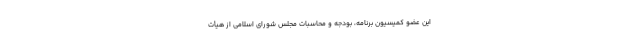
این عضو کمیسیون برنامه، بودجه و محاسبات مجلس شورای اسلامی از هیأت